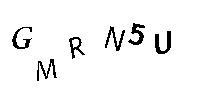
GMRN5U